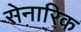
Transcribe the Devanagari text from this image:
सेनारिक